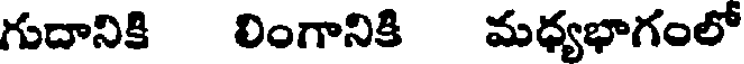
గుదానికి లింగానికి మధ్యభాగంలో